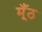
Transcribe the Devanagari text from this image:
मूँठ